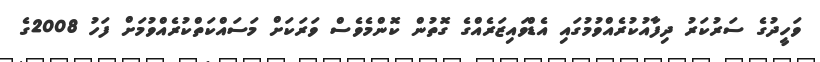
ވަހީދުގެ ސަރުކަރު ދިފާއުކުރެއްވުމުގައި އެޑްވައިޒަރެއްގެ ގޮތުން ކޮންމެވެސް ވަރަކަށް މަސައްކަތްކުރެއްވުމަށް ފަހު 2008ގެ